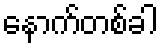
နောက်တစ်ခါ